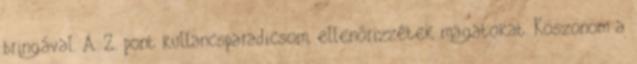
bringával. A 2. pont kullancsparadicsom, ellenőrizzétek magatokat. Köszönöm a